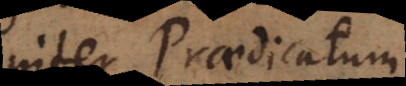
inter Praedicatum